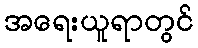
အရေးယူရာတွင်